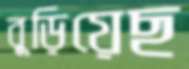
বুড়িয়েছ